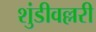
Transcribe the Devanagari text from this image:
शुंडीवल्लरी